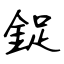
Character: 鋜